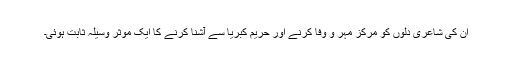
ان کی شاعری دلوں کو مرکز مہر و وفا کرنے اور حریم کبریا سے آشنا کرنے کا ایک موثر وسیلہ ثابت ہوئی۔